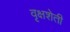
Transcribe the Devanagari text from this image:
वृक्षशेती